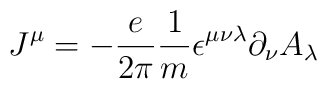
J^{\mu}=-{e \over {2\pi}}{1\over m}\epsilon^{\mu\nu\lambda}\partial_{\nu}A_\lambda